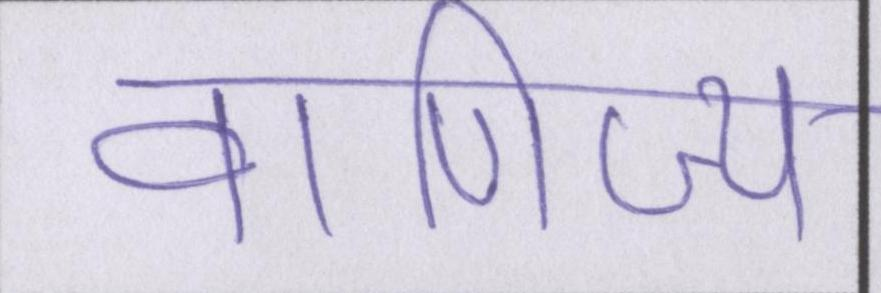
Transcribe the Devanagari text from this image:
वाणिज्य